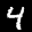
Label: 4